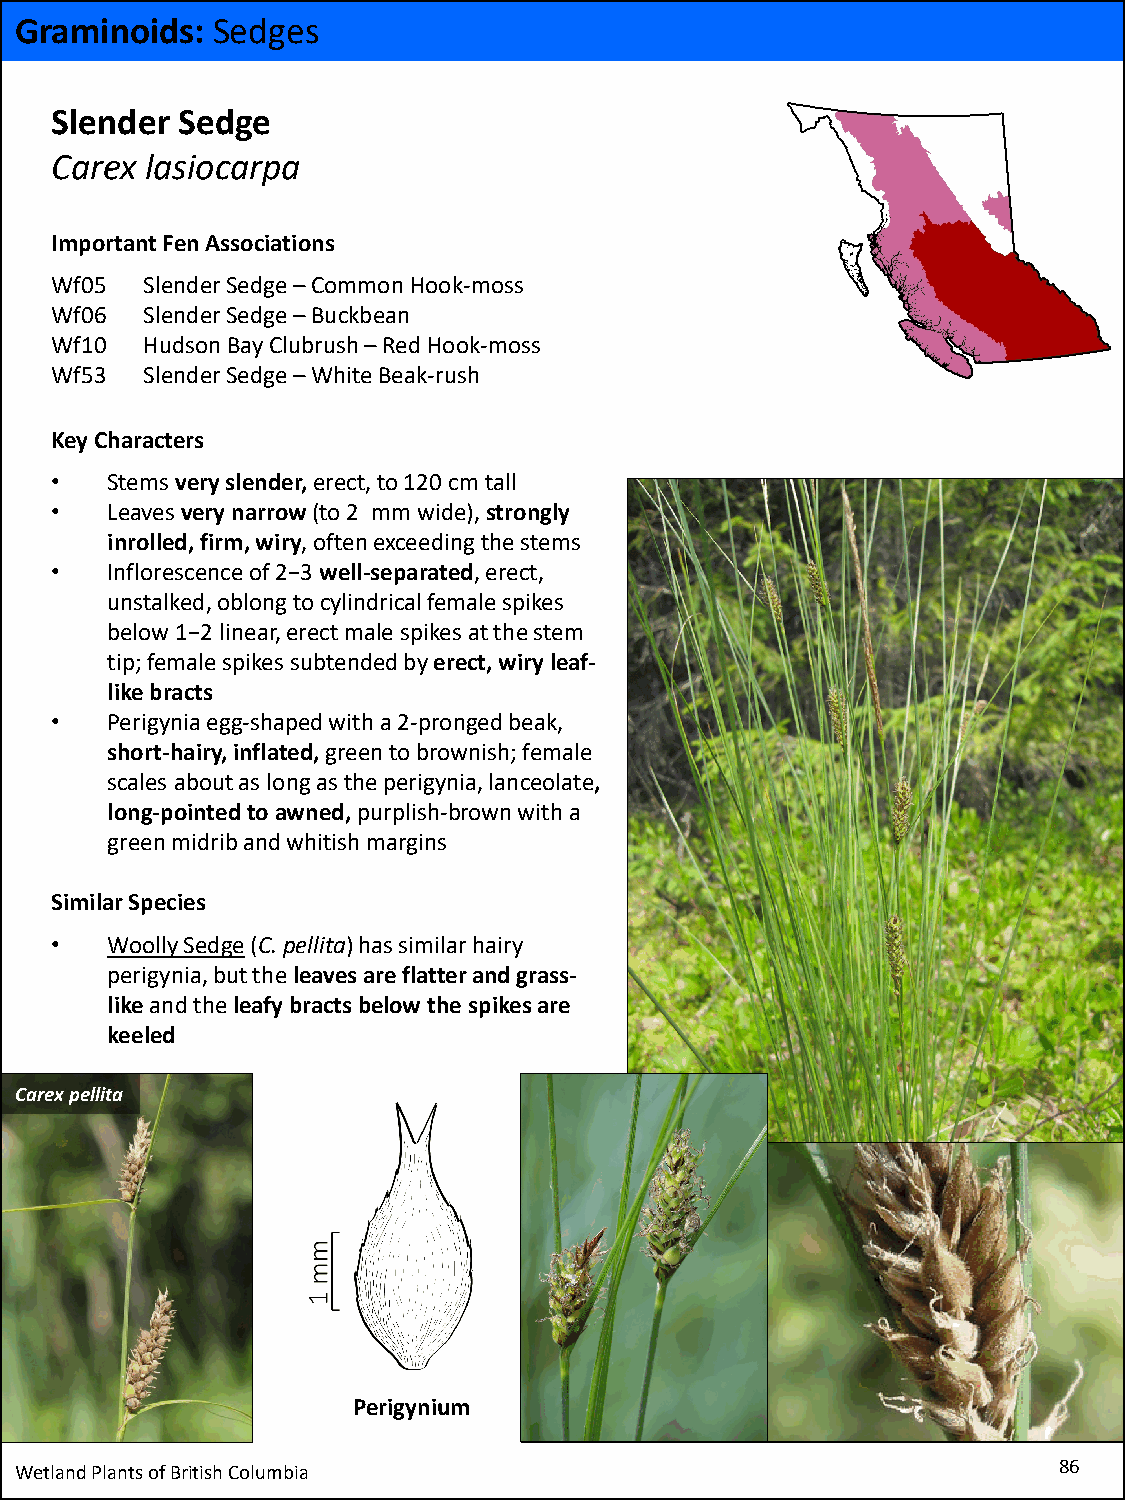
Graminoids:  Sedges
 Slender  Sedge
 Carex  lasiocarpa
 Important Fen Associations
 Wf05  Slender Sedge –Common Hook-moss
 Wf06  Slender Sedge –Buckbean
 Wf10  Hudson Bay Clubrush–Red Hook-moss
 Wf53  Slender Sedge –White Beak-rush
 Key Characters
 •   Stems very slender, erect, to 120 cm tall
 •   Leaves very narrow (to 2 mm wide), strongly
 inrolled, firm, wiry, often exceeding the stems
 •   Inflorescence of 2−3 well-separated, erect,
 unstalked, oblong to cylindrical female spikes
 below 1−2 linear, erect male spikes at the stem
 tip; female spikes subtended by erect, wiry leaf-
 like bracts
 •   Perigyniaegg-shaped with a 2-pronged beak,
 short-hairy, inflated,green to brownish; female
 scales about as long as the perigynia, lanceolate,
 long-pointed to awned, purplish-brown with a
 green midrib and whitish margins
 Similar Species
 •   Woolly Sedge(C. pellita) has similar hairy
 perigynia, but the leaves are flatter and grass-
 like and the leafy bracts below the spikes are
 keeled
 Carexpellita
 Perigynium
 Wetland Plants of British Columbia                                   86